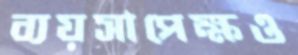
ব্যয়সাপেক্ষও